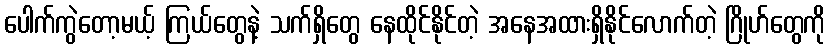
ပေါက်ကွဲတော့မယ့် ကြယ်တွေနဲ့ သက်ရှိတွေ နေထိုင်နိုင်တဲ့ အနေအထားရှိနိုင်လောက်တဲ့ ဂြိုဟ်တွေကို